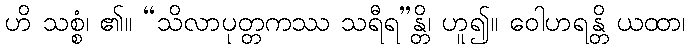
ဟိ သစ္စံ၊ ၏။ “သိလာပုတ္တကဿ သရီရ”န္တိ၊ ဟူ၍။ ဝေါဟရန္တိ ယထာ၊